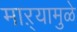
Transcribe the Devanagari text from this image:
माऱ्यामुळे